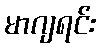
မာဂျရင်း